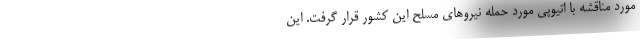
مورد مناقشه با اتیوپی مورد حمله نیروهای مسلح این کشور قرار گرفت. این